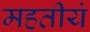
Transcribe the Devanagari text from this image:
महतीयं